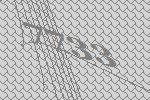
7733